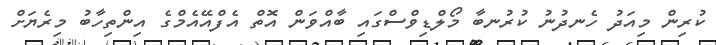
ކުރިން މިއަދު ހެނދުނު ކުރުނބާ މޯލްޑިވްސްގައި ބާއްވަން އޮތް އެފްއޭއެމްގެ އިންތިހާބު މިރެޔަށް